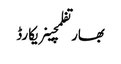
بھارتفلمچینریکارڈ